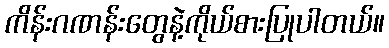
ကိန်းဂဏန်းတွေနဲ့ကိုယ်စားပြုပါတယ်။